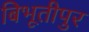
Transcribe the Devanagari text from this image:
बिभूतीपुर